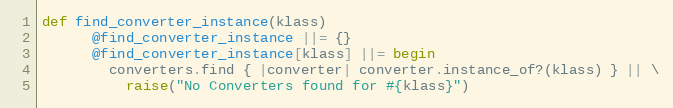
Language: Ruby
def find_converter_instance(klass)
      @find_converter_instance ||= {}
      @find_converter_instance[klass] ||= begin
        converters.find { |converter| converter.instance_of?(klass) } || \
          raise("No Converters found for #{klass}")